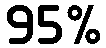
95%